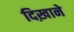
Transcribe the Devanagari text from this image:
दिख़ाने